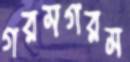
গরমগরম